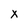
Character: X